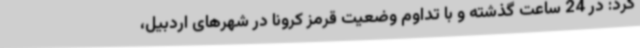
کرد: در 24 ساعت گذشته و با تداوم وضعیت قرمز کرونا در شهرهای اردبیل،